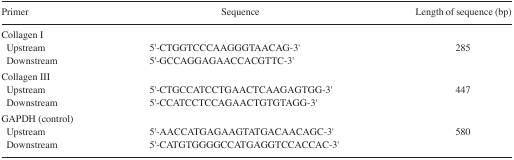
<table><thead><tr><td><b>Primer</b></td><td><b>Sequence</b></td><td><b>Length of sequence (bp)</b></td></tr></thead><tbody><tr><td>Collagen I</td><td></td><td></td></tr><tr><td>Upstream</td><td>5′-CTGGTCCCAAGGGTAACAG-3′</td><td>285</td></tr><tr><td>Downstream</td><td>5′-GCCAGGAGAACCACGTTC-3′</td><td></td></tr><tr><td>Collagen III</td><td></td><td></td></tr><tr><td>Upstream</td><td>5′-CTGCCATCCTGAACTCAAGAGTGG-3′</td><td>447</td></tr><tr><td>Downstream</td><td>5′-CCATCCTCCAGAACTGTGTAGG-3′</td><td></td></tr><tr><td>GAPDH (control)</td><td></td><td></td></tr><tr><td>Upstream</td><td>5′-AACCATGAGAAGTATGACAACAGC-3′</td><td>580</td></tr><tr><td>Downstream</td><td>5′-CATGTGGGGCCATGAGGTCCACCAC-3′</td><td></td></tr></tbody></table>